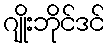
ဂျိုးဘိုင်ဒင်